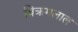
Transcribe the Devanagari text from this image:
बिक्रमलाल